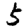
Digit: 5